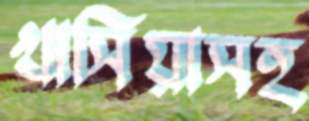
খাসিয়াসহ